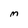
Character: M